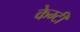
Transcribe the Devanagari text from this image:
केम्टी